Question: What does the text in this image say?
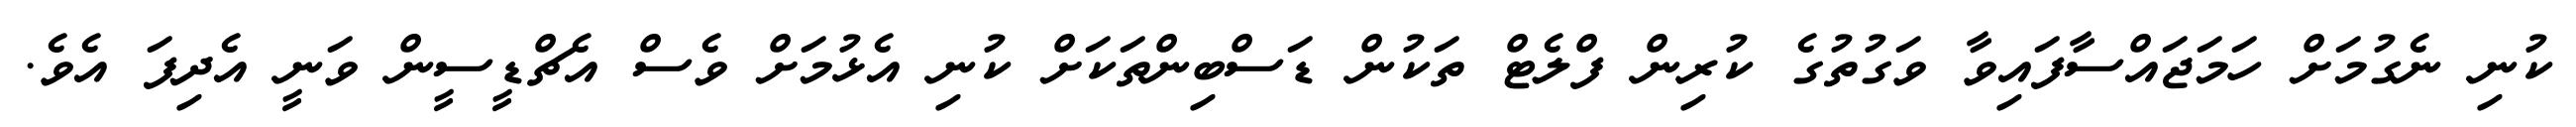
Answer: ކުނި ނެގުމަށް ހަމަޖައްސާފައިވާ ވަގުތުގެ ކުރިން ފްލެޓް ތަކުން ޑަސްބިންތަކަށް ކުނި އެޅުމަށް ވެސް އެޗްޑީސީން ވަނީ އެދިފަ އެވެ.